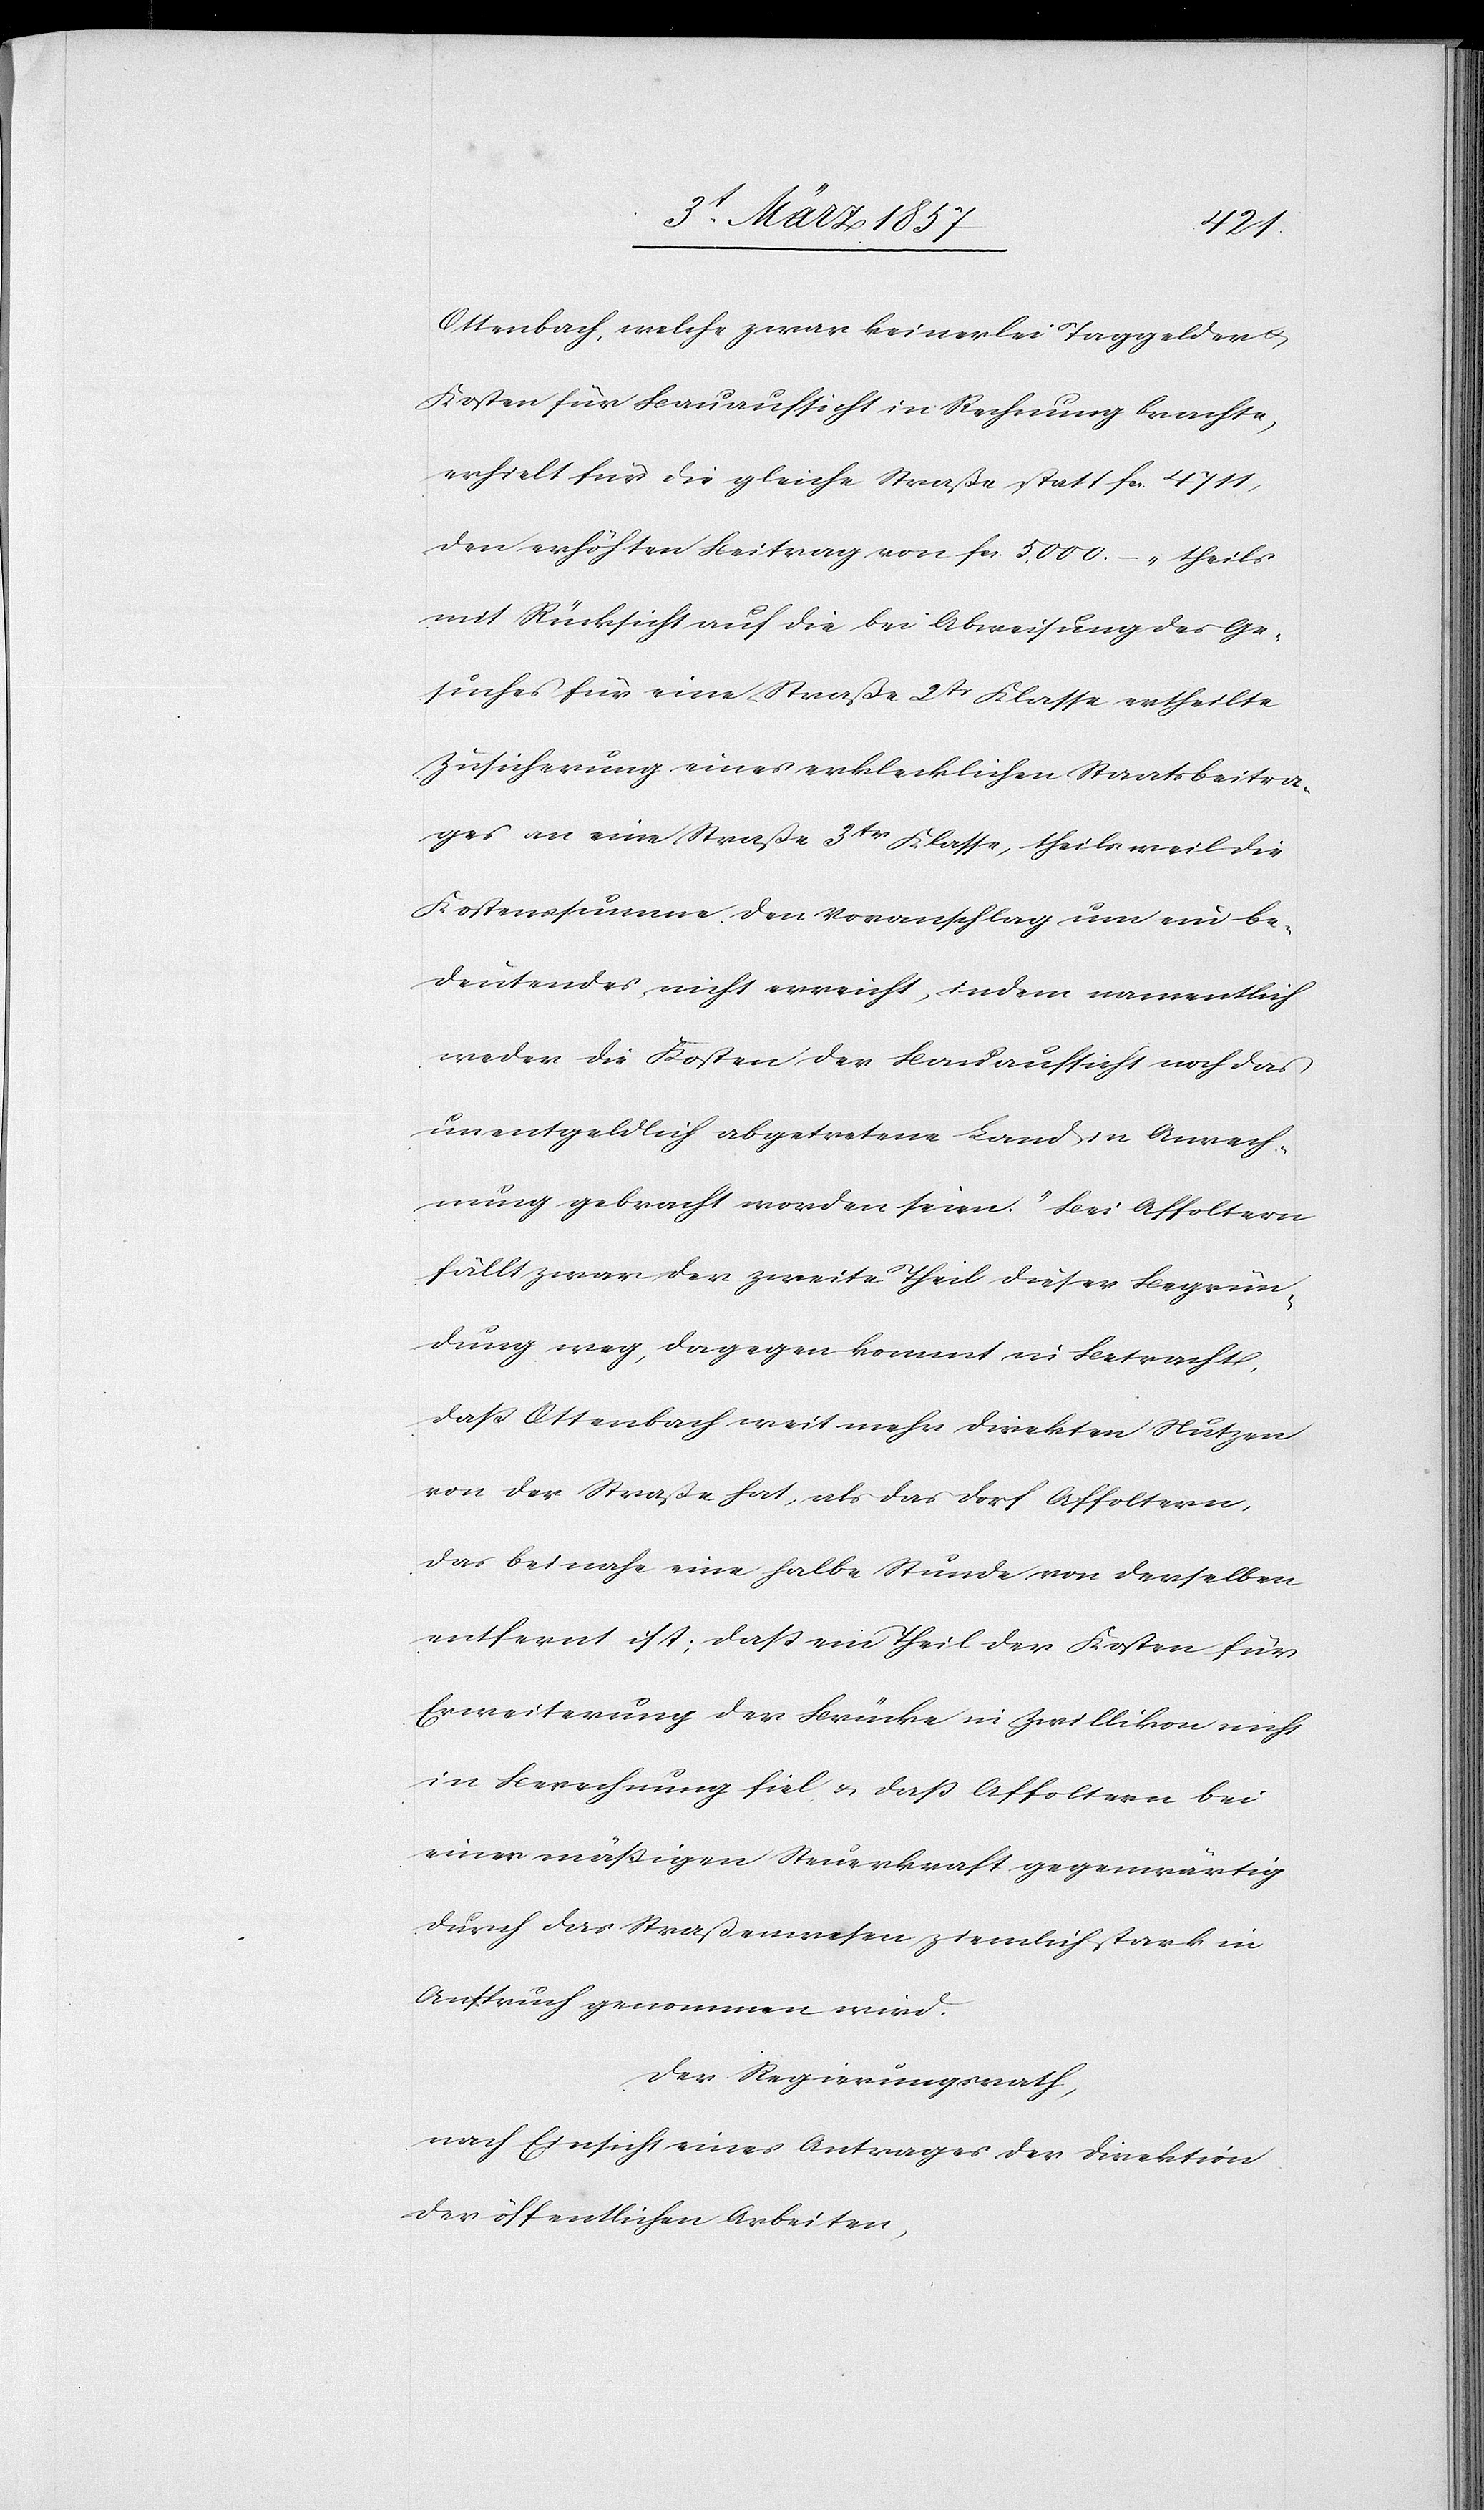
Ottenbach, welche zwar keinerlei Taggelder u.
Kosten für Bauaufsicht in Rechnung brachte,
erhielt für die gleiche Straße statt fr. 7411,
den erhöhten Beitrag von fr. 5000. ( „theils
mit Rücksicht auf die bei Abweisung des Ge¬
suches für eine Straße 2tr Klasse ertheilte
Zusicherung eines erklecklichen Staatsbeitra¬
ges an eine Straße 3tr Klasse, theils weil die
Kostenssumme den Voranschlag um ein be¬
deutendes, nicht erreicht, indem namentlich
weder die Kosten der Bauaufsicht noch das
unentgeldlich abgetretene Land in Anrech¬
nung gebracht worden seien.“ Bei Affoltern
fällt zwar der zweite Theil dieser Begrün¬
dung weg, dagegen kommt in Betracht,
daß Ottenbach weit mehr dierekten Nutzen
von der Straße hat, als das Dorf Affoltern,
das beinahe eine halbe Stunde von derselben
entfernt ist; daß ein Theil der Kosten für
Erweiterung der Brücke in Zwillikon nicht
in Berechnung fiel u. daß Affoltern bei
einer mäßigen Steuerkraft gegenwärtig
durch das Straßenwesen ziemlich stark in
Anspruch genommen wird.
Der Regierungsrath,
nach Einsicht eines Antrages der Direktion
der öffentlichen Arbeiten,